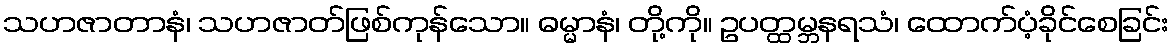
သဟဇာတာနံ၊ သဟဇာတ်ဖြစ်ကုန်သော။ ဓမ္မာနံ၊ တို့ကို။ ဥပတ္ထမ္ဘနရသံ၊ ထောက်ပံ့ခိုင်စေခြင်း